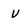
Character: V